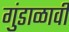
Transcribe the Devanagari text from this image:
गुंडाळावी